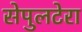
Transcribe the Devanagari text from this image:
सेपुलटेरा